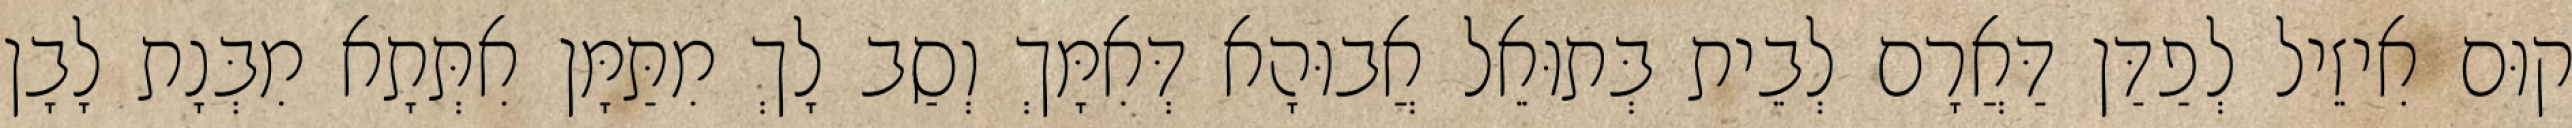
קוּם אִיזֵיל לְפַדַּן דַּאֲרָם לְבֵית בְּתוּאֵל אֲבוּהָא דְּאִמָּךְ וְסַב לָךְ מִתַּמָּן אִתְּתָא מִבְּנָת לָבָן